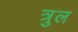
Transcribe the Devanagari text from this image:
त्रुल